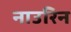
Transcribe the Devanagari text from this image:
नाउरिन